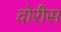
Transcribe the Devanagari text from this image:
दोरीस